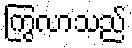
ကြွလာသည်